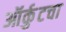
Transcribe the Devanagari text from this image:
ऑर्कुटचा